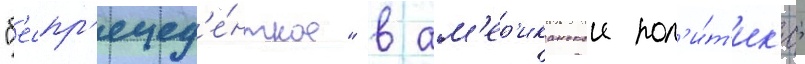
"б'еспр'ецед'е́нтное" в ам'ер'иканскои пол'и́т'ик'е;